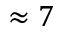
\approx 7